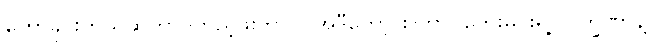
ဟောခိုင်းတယ်ဆိုတာ ကြည့်ဖူးတာပဲ၊ အဲဒီတော့ စကြာဝတေးမင်းရဲ့ လက္ခဏာနဲ့